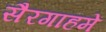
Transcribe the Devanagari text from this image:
सैरगाहमें